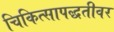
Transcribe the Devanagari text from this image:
चिकित्सापद्धतीवर